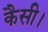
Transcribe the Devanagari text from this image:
कैसी।